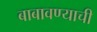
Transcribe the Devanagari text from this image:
बाबावण्याची